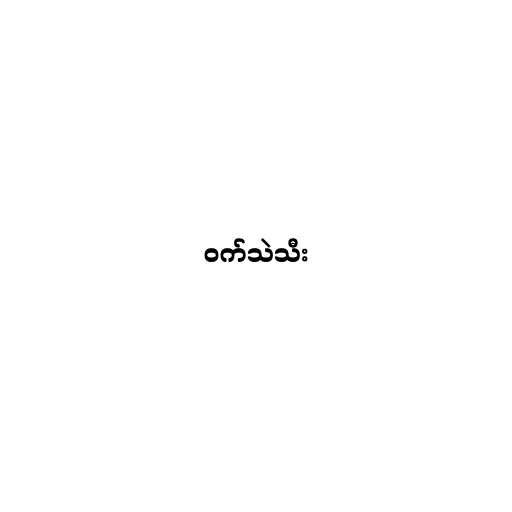
ဝက်သဲသီး